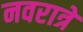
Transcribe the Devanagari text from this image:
नवरात्रे